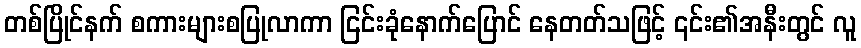
တစ်ပြိုင်နက် စကားများစပြုလာကာ ငြင်းခုံနောက်ပြောင် နေတတ်သဖြင့် ၎င်း၏အနီးတွင် လူ